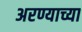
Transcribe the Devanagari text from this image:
अरण्याच्या